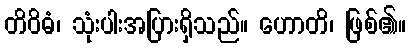
တိဝိဓံ၊ သုံးပါးအပြားရှိသည်။ ဟောတိ၊ ဖြစ်၏။